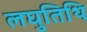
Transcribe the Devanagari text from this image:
लघुतिथि